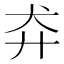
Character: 𬌪